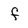
Character: f